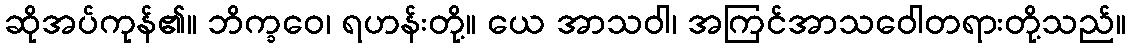
ဆိုအပ်ကုန်၏။ ဘိက္ခဝေ၊ ရဟန်းတို့။ ယေ အာသဝါ၊ အကြင်အာသဝေါတရားတို့သည်။